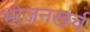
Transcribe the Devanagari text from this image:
भोजनखर्च